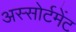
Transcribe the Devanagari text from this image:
अस्सोर्टमेंट